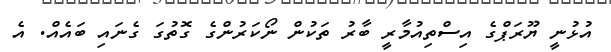
އުޅުނީ ޔޫރަޕްގެ އިސްތިއުމާރީ ބާރު ތަކުން ނޯކަރުންގެ ގޮތުގަ ގެނައި ބައެއް. އެ